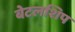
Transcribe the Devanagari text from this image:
बेटलशिप